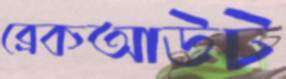
ব্রেকআউট